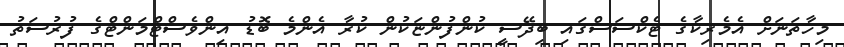
މިހާތަނަށް އެމެރިކާގެ ޓެކްސަސްގައި ބިދޭސީ ކުންފުންޏަކުން ކުރާ އެންމެ ބޮޑު އިންވެސްޓްމަންޓްގެ ފުރުސަތު